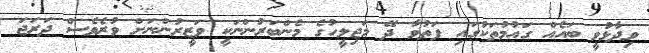
ވިދާޅުވީ ބައެއް ގައުމުތަކުގައި ފަތުވާ ދޭ މަޖިލީހުގެ މެންބަރުންނަކީ ވަޒީރުންނަށް ވުރެވެސް ދަރަޖަ